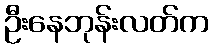
ဦးနေဘုန်းလတ်က